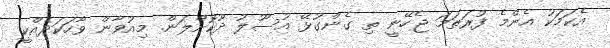
އެކަމަކު އެންމެ ފުރަތަމަ ޖެހޭނީ ތި ގެންގުޅޭ އުސޫލު ދޫކޮށްލަން. މިއުވާން ވާހަކަދެއްކީ